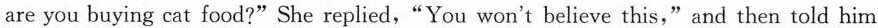
are you buying cat food.?" She replied,"You won't believe this," and then told him